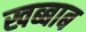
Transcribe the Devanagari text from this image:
खब्बाब